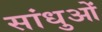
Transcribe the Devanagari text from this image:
सांधुओं